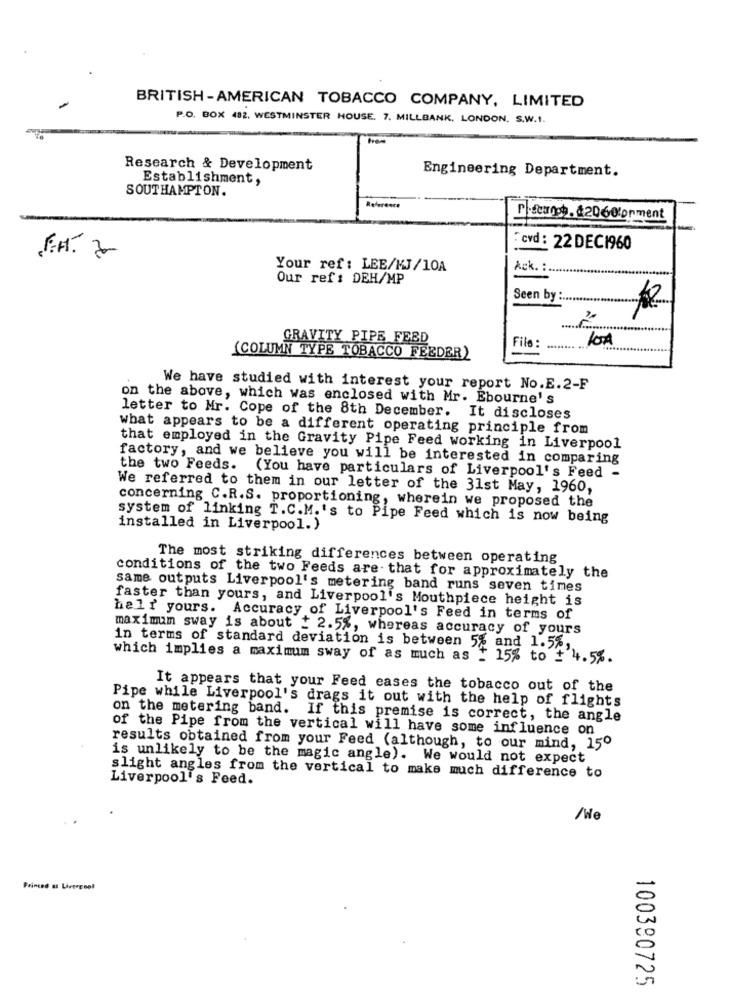
BRITISH -AMERICAN TOBACCO COMPANY, LIMITED
P.O. BOX 482. WESTMINSTER HOUSE. 7. MILLBANK, LONDON. S.W.1.
Research & Development
Engineering Department.
Establishment,
SOUTHAMPTON.
P.scunoch. &2060torment
-
:cvd : 22 DEC1960
Your ref: LEE/KJ/10A
Ack. :
Our ref : DEH/MP
Seen by :..
GRAVITY PIPE FEED
File
(COLUMN TYPE TOBACCO FEEDER)
We have studied with interest your report No.E.2-F
on the above, which was enclosed with Mr. Ebourne's
letter to Mr. Cope of the 8th December. It discloses
what appears to be a different operating principle from
that employed in the Gravity Pipe Feed working in Liverpool
factory, and we believe you will be interested in comparing
the two Feeds. (You have particulars of Liverpool's Feed -
We referred to them in our letter of the 31st May, 1960,
concerning C.R.S. proportioning, wherein we proposed the
system of linking T.C.M.'s to Pipe Feed which is now being
installed in Liverpool.)
The most striking differences between operating
conditions of the two Feeds are . that for approximately the
same outputs Liverpool's metering band runs seven times
faster than yours, and Liverpool's Mouthpiece height is
halr yours. Accuracy of Liverpool's Feed in terms of
maximum sway is about + 2.5%, whereas accuracy of yours
in terms of standard deviation is between 5% and 1.5%,
which implies a maximum sway of as much as : 15% to + 4.5%.
It appears that your Feed cases the tobacco out of the
Pipe while Liverpool's drags it out with the help of flights
on the metering band. If this premise is correct, the angle
of the Pipe from the vertical will have some influence on
results obtained from your Feed (although, to our mind, 15º
is unlikely to be the magic angle). We would not expect
Liverpool's Feed.
slight angles from the vertical to make much difference to
/He
Princes as LiverEnel
100380725